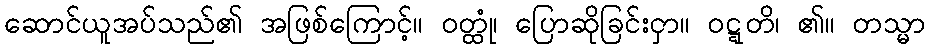
ဆောင်ယူအပ်သည်၏ အဖြစ်ကြောင့်။ ဝတ္ထုံ၊ ပြောဆိုခြင်းငှာ။ ဝဋ္ဋတိ၊ ၏။ တသ္မာ